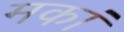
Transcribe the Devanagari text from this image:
मकां